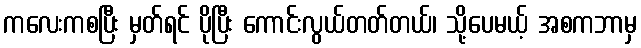
ကလေးကစပြီး မှတ်ရင် ပိုပြီး ကောင်းလွယ်တတ်တယ်၊ သို့ပေမယ့် အစကဘာမှ